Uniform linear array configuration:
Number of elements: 4
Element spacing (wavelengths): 0.75
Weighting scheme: hamming
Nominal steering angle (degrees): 30
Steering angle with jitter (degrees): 29.816
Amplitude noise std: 0.05
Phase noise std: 0.05

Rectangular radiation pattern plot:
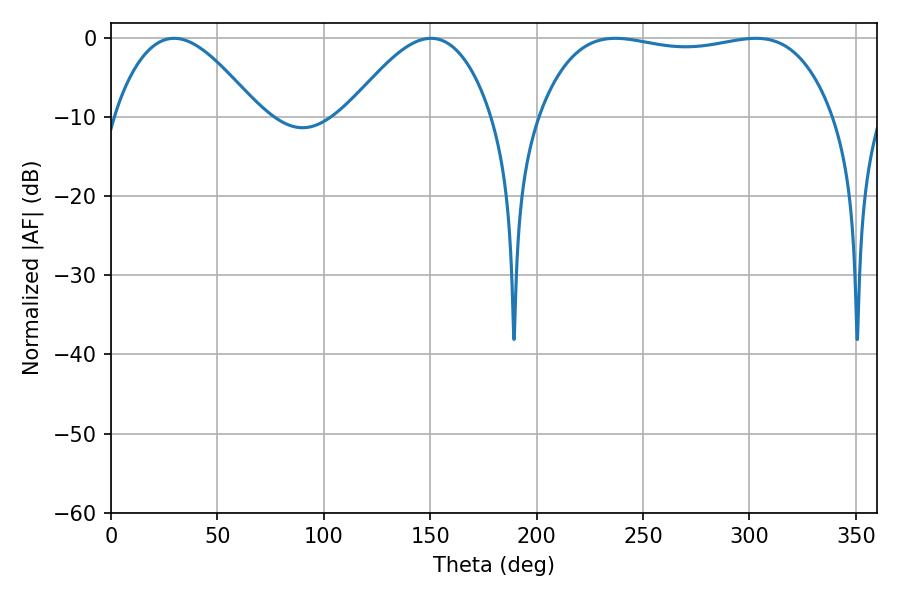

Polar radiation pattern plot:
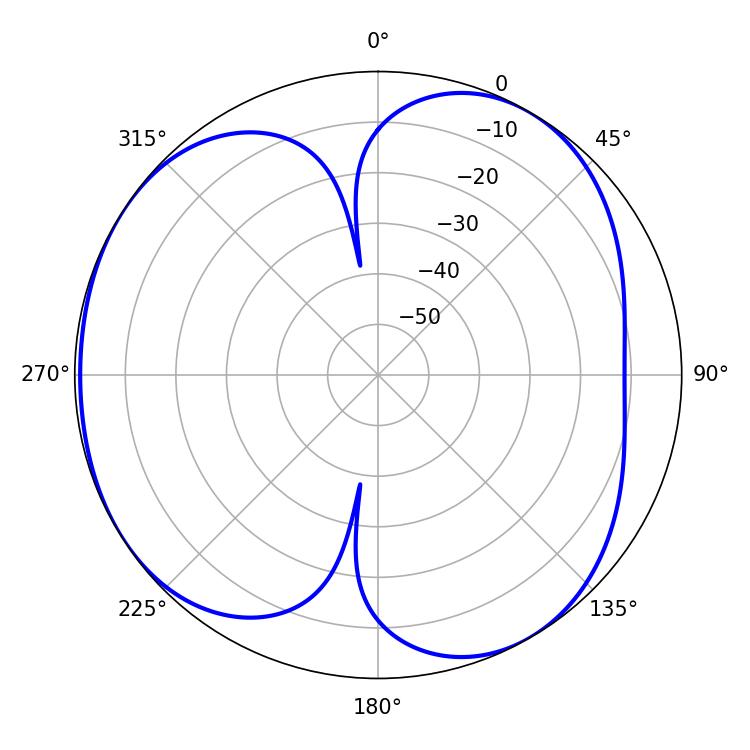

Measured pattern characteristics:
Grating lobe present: TRUE
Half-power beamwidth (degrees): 110.52
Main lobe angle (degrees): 237.06